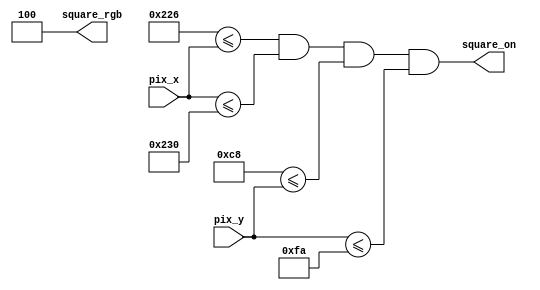
`timescale 1ns / 1ps
//////////////////////////////////////////////////////////////////////////////////
// Company: 
// Engineer: 
// 
// Design Name: 
// Module Name:    RecHilight 
// Project Name: 
// Target Devices: 
// Tool versions: 
// Description: 
//
// Dependencies: 
//
// Revision: 
// Revision 0.01 - File Created
// Additional Comments: 
//
//////////////////////////////////////////////////////////////////////////////////
module RecHilight
	#(
	parameter SQUARE_X_L = 550,
				 SQUARE_X_R = 560,
				 SQUARE_Y_T = 200,
				 SQUARE_Y_B = 250
	)
	(
	input pix_x,
	input pix_y,
	output square_on,
	output [2:0] square_rgb
   );

	assign square_on =
             (SQUARE_X_L<=pix_x) && (pix_x<=SQUARE_X_R) &&
             (SQUARE_Y_T<=pix_y) && (pix_y<=SQUARE_Y_B);
				 
   assign square_rgb = 3'b100;   // red

endmodule